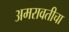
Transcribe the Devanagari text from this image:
अमरावतीचा